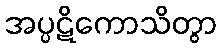
အပ္ပဋိကောသိတွာ